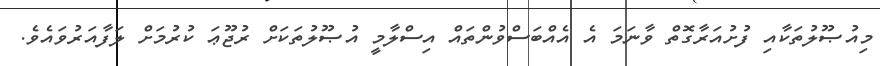
މިއުޞޫލުތަކާއި ފުށުއަރާގޮތް ވާނަމަ އެ އެއްބަސްވުންތައް އިސްލާމީ އުޞޫލުތަކަށް ރުޖޫޢަ ކުރުމަށް ލަފާއަރުވައެވެ.